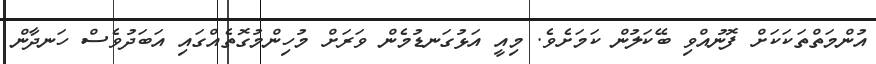
އުންމަތްތަކަކަށް ފޮނުއްވި ބޭކަލުން ކަމަށެވެ. މިއީ އަޅުގަނޑުމެން ވަރަށް މުހިންމުގޮތެއްގައި އަބަދުވެސް ހަނދާން